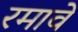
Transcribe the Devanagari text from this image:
रमावे